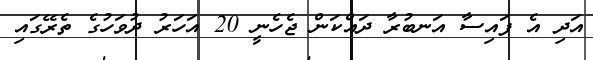
އަދި އެ ފައިސާ އަނބުރާ ދައްކަން ޖެހެނީ 20 އަހަރު ދުވަހުގެ ތެރޭގައި